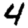
Digit: 4